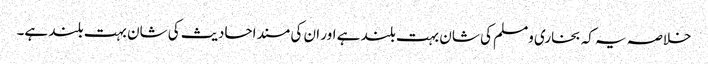
خلاصہ یہ کہ بخاری ومسلم کی شان بہت بلند ہے اور ان کی مسند احادیث کی شان بہت بلند ہے۔